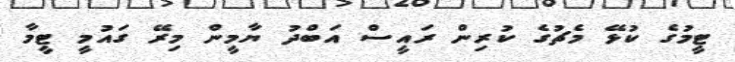
ޓީމުގެ ކުޅޭ މެޗުގެ ކުރިން ރައީސް އަބްދު ޔާމީން މިރޭ ގައުމީ ޓީމާ